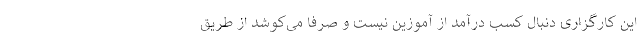
این کارگزاری دنبال کسب درآمد از آموزین نیست و صرفا می‌کوشد از طریق